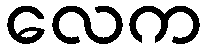
လေက